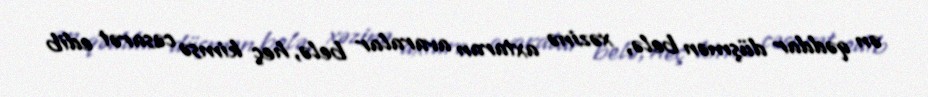
ən qəddar düşmən belə, xəzinə axtaran avaralar belə, heç kimsə cəsarət edib